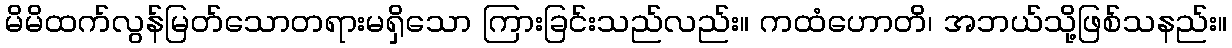
မိမိထက်လွန်မြတ်သောတရားမရှိသော ကြားခြင်းသည်လည်း။ ကထံဟောတိ၊ အဘယ်သို့ဖြစ်သနည်း။